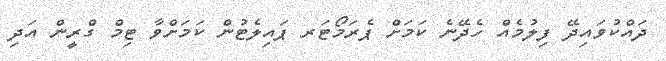
ދައްކުވައިދޭ ފިލުމެއް ހެދޭނެ ކަމަށް ޕެރަމޯޓަރ ޕައިލެޓުން ކަމަށްވާ ޓިމް ގްރީން އަދި